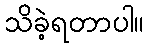
သိခဲ့ရတာပါ။